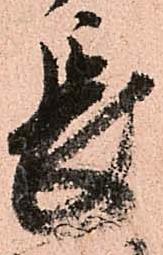
長